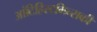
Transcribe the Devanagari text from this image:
आंटिहिस्टमिन्सकी